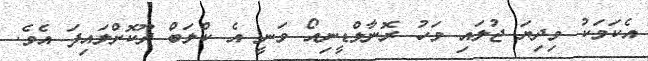
އެކަމަކު މިދިޔަ ޖުލައި މަހު ރޮނާލްޑީނިއޯ ވަނީ އެ ކްލަބް ދޫކޮށްލައިފަ އެވެ.